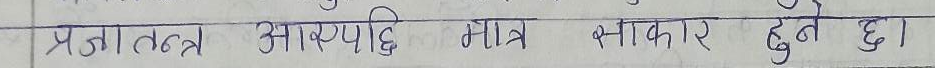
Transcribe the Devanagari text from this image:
प्रजातन्त्र आरोपछी मात्र भाकार हुने छ।